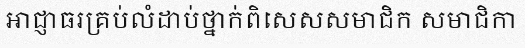
អាជ្ញាធរគ្រប់លំដាប់ថ្នាក់ពិសេសសមាជិក សមាជិកា